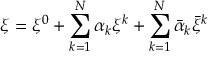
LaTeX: \xi = \xi ^ { 0 } + \sum _ { k = 1 } ^ { \cal N } \alpha _ { k } \xi ^ { k } + \sum _ { k = 1 } ^ { \cal N } \bar { \alpha } _ { k } \bar { \xi } ^ { k }